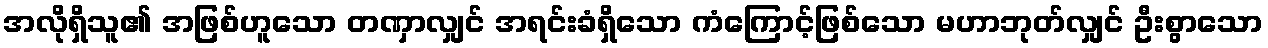
အလိုရှိသူ၏ အဖြစ်ဟူသော တဏှာလျှင် အရင်းခံရှိသော ကံကြောင့်ဖြစ်သော မဟာဘုတ်လျှင် ဦးစွာသော